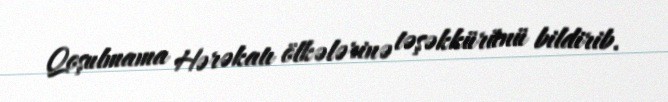
Qoşulmama Hərəkatı ölkələrinə təşəkkürünü bildirib.